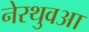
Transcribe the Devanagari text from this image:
नेरथुवआ